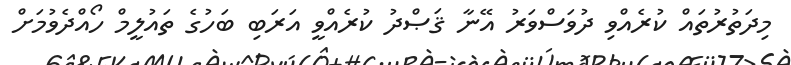
މިދަތުރުތައް ކުރެއްވި ދުވަސްވަރު އޭނާ ޤަޞްދު ކުރެއްވީ އަރަބި ބަހުގެ ތައުލީމް ހޯއްދެވުމަށް